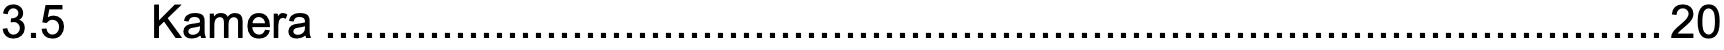
3.5  Kamera.......................................................................................................20